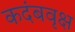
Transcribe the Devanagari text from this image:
कदंबवृक्ष